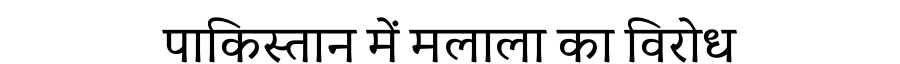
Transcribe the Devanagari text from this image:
पाकिस्तान में मलाला का विरोध